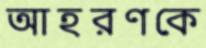
আহরণকে